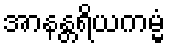
အာနန္တရိယကမ္မံ